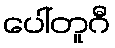
ပေါ်တူဂီ